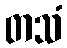
တသံ